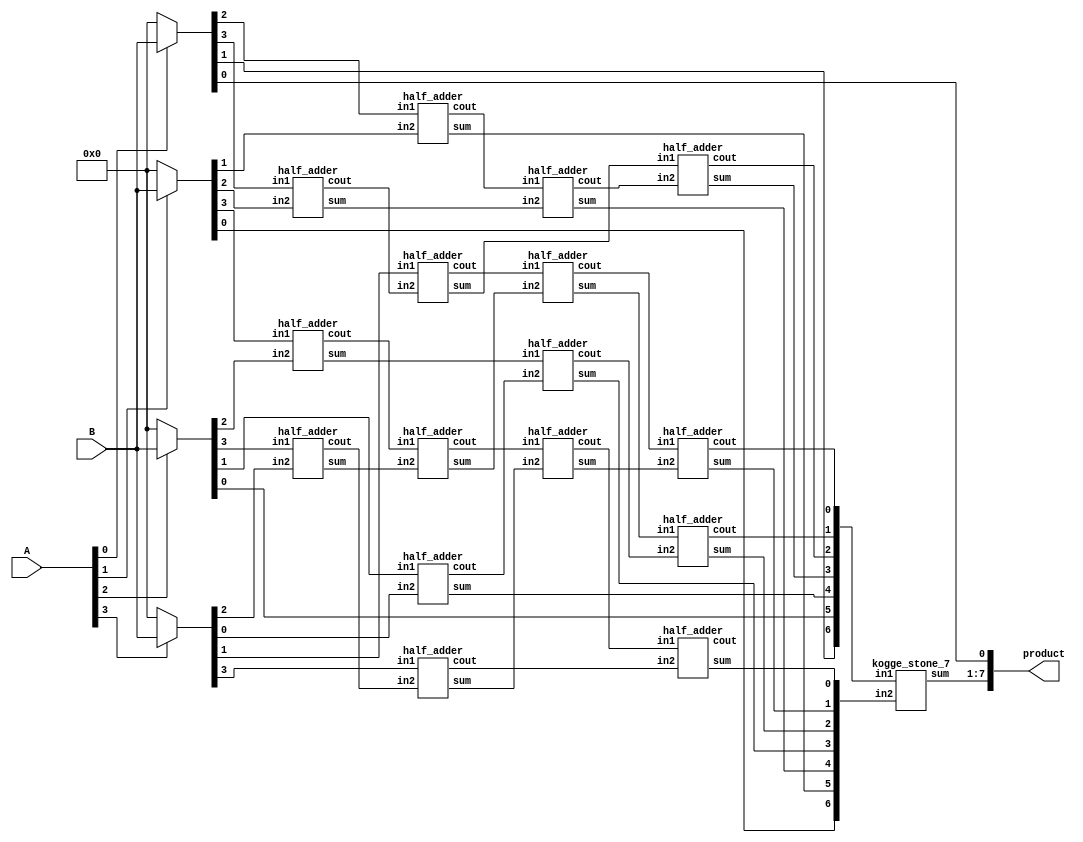
module multiplier_4bits_version7(product, A, B);


    /*
     * Area: 336.488089
     * Power: 0.1076mW
     * Timing: 0.63ns
     */
    output [7:0] product;
    input [3:0] A, B;

    wire [3:0] pp0;
    wire [3:0] pp1;
    wire [3:0] pp2;
    wire [3:0] pp3;


    assign pp0 = A[0] ? B: 4'b0000;
    assign pp1 = A[1] ? B: 4'b0000;
    assign pp2 = A[2] ? B: 4'b0000;
    assign pp3 = A[3] ? B: 4'b0000;



    /*Stage 1*/
    half_adder HA0(s0, c0, pp0[2], pp1[1]);
    half_adder HA1(s1, c1, pp0[3], pp1[2]);
    half_adder HA2(s2, c2, pp1[3], pp2[2]);
    half_adder HA3(s3, c3, pp2[3], pp3[2]);


    /*Stage 2*/
    half_adder HA4(s4, c4, pp2[1], pp3[0]);
    half_adder HA5(s5, c5, pp3[1], c1);
    half_adder HA6(s6, c6, c2, s3);
    half_adder HA7(s7, c7, pp3[3], c3);


    /*Stage 3*/
    half_adder HA8(s8, c8, c0, s1);
    half_adder HA9(s9, c9, s2, c4);
    half_adder HA10(s10, c10, c5, s6);
    half_adder HA11(s11, c11, c6, s7);


    /*Stage 4*/
    half_adder HA12(s12, c12, s5, c8);
    half_adder HA13(s13, c13, s10, c9);
    half_adder HA14(s14, c14, c10, s11);
    half_adder HA15(s15, c15, c11, c7);


    wire[6:0] s, in_1, in_2;
    wire c;
    assign in_1 = {pp0[1],pp2[0],s4,s12,c12,c13,c14};
    assign in_2 = {pp1[0],s0,s8,s9,s13,s14,s15};
    kogge_stone_7 KS(s, in_1, in_2);
    assign product[0] = pp0[0];
    assign product[1] = s[0];
    assign product[2] = s[1];
    assign product[3] = s[2];
    assign product[4] = s[3];
    assign product[5] = s[4];
    assign product[6] = s[5];
    assign product[7] = s[6];
endmodule


module multiplier_4bits_version7_version1(product, A, B);
    /* This implementation just uses HA for partial product reduction
     * Area: 336.488089
     * Power: 0.1139mW
     * Timing: 0.68ns
     */

    output [7:0] product;
    input [3:0] A, B;

    wire [3:0] pp0;
    wire [3:0] pp1;
    wire [3:0] pp2;
    wire [3:0] pp3;


    assign pp0 = A[0] ? B: 4'b0000;
    assign pp1 = A[1] ? B: 4'b0000;
    assign pp2 = A[2] ? B: 4'b0000;
    assign pp3 = A[3] ? B: 4'b0000;



    //Stage 1
    half_adder HA0(s0, c0, pp2[0], pp1[1]);
    half_adder HA1(s1, c1, pp3[0], pp2[1]);
    half_adder HA2(s2, c2, pp3[1], pp2[2]);
    half_adder HA3(s3, c3, pp3[2], pp2[3]);


    //Stage 2
    half_adder HA4(s4, c4, s1, pp1[2]);
    half_adder HA5(s5, c5, s2, pp1[3]);
    half_adder HA6(s6, c6, s3, c2);
    half_adder HA7(s7, c7, pp3[3], c3);


    //Stage 3
    half_adder HA8(s8, c8, s4, pp0[3]);
    half_adder HA9(s9, c9, s5, c4);
    half_adder HA10(s10, c10, s6, c5);
    half_adder HA11(s11, c11, s7, c6);


    //Stage 4
    half_adder HA12(s12, c12, s9, c8);
    half_adder HA13(s13, c13, s10, c9);
    half_adder HA14(s14, c14, s11, c10);
    half_adder HA15(s15, c15, c7, c11);


    wire[6:0] s, in_1, in_2;
    assign in_1 = {pp1[0],s0,s8,s12,s13,s14,c14};
    assign in_2 = {pp0[1],pp0[2],c0,c1,c12,c13,s15};
    kogge_stone_7 KS(s, in_1, in_2);
    assign product[0] = pp0[0];
    assign product[1] = s[0];
    assign product[2] = s[1];
    assign product[3] = s[2];
    assign product[4] = s[3];
    assign product[5] = s[4];
    assign product[6] = s[5];
    assign product[7] = s[6];

endmodule


module multiplier_4bits_version7_KS(product, A, B);
    /* This implementation follows dadda and wallace but uses half adders only
     * for partial product reduction, and kogge-stone for the last two rows.
     * Area: 
     * Power: 
     * Timing: 
     */

    input [3:0] A, B;
    output [7:0] product;

    wire [3:0] pp0, pp1, pp2, pp3;

    assign pp0 = A[0] ? B : 4'b0000;
    assign pp1 = A[1] ? B : 4'b0000;
    assign pp2 = A[2] ? B : 4'b0000;
    assign pp3 = A[3] ? B : 4'b0000;

    assign product[0] = pp0[0];

    /* Step 1*/
    half_adder HA01(s1,c1,pp0[2],pp1[1]);
    half_adder HA02(s2,c2,pp0[3],pp1[2]);
    half_adder HA03(s3,c3,pp2[1],pp3[0]);
    half_adder HA04(s4,c4,pp1[3],pp2[2]);
    half_adder HA05(s5,c5,pp2[3],pp3[2]);


    /* Step 2*/
    half_adder HA06(s6,c6,s2,s3);
    half_adder HA07(s7,c7,pp3[1],s4);
    half_adder HA08(s8,c8,c2,c3);
    half_adder HA09(s9,c9,s5,c4);
    half_adder HA10(s10,c10,pp3[3],c5);
    /* Step 3*/
    half_adder HA11(s11,c11,s7,s8);
    half_adder HA12(s12,c12,s9,c7);
    half_adder HA13(s13,c13,s10,c9);

    /* Step 4*/
    half_adder HA14(s14,c14,c8,s12);
    half_adder HA15(s15,c15,s13,c12);
    end_adder  HA16(s16,c10,c13);

    wire[6:0] s, in_1, in_2;
    wire c;
    assign in_1 = {pp0[1], pp2[0], s6, c6,  c11, s15, s16};
    assign in_2 = {pp1[0], s1,     c1, s11, s14, c14, c15};
    CLA7 KS(s, in_1, in_2);
    assign product[1] = s[0];
    assign product[2] = s[1];
    assign product[3] = s[2];
    assign product[4] = s[3];
    assign product[5] = s[4];
    assign product[6] = s[5];
    assign product[7] = s[6];
endmodule

module multiplier_4bits_version7_CLA(product, A, B);
    /* This implementation follows dadda and wallace but uses half adders only
     * for partial product reduction, and CLA for the last two rows.
     * Area: 251.544792 
     * Power: 9.3357e-02mW
     * Timing: 0.65ns
     */

    input [3:0] A, B;
    output [7:0] product;

    wire [3:0] pp0, pp1, pp2, pp3;

    assign pp0 = A[0] ? B : 4'b0000;
    assign pp1 = A[1] ? B : 4'b0000;
    assign pp2 = A[2] ? B : 4'b0000;
    assign pp3 = A[3] ? B : 4'b0000;

    assign product[0] = pp0[0];

    /* Step 1*/
    half_adder HA01(s1,c1,pp0[2],pp1[1]);
    half_adder HA02(s2,c2,pp0[3],pp1[2]);
    half_adder HA03(s3,c3,pp2[1],pp3[0]);
    half_adder HA04(s4,c4,pp1[3],pp2[2]);
    half_adder HA05(s5,c5,pp2[3],pp3[2]);


    /* Step 2*/
    half_adder HA06(s6,c6,s2,s3);
    half_adder HA07(s7,c7,pp3[1],s4);
    half_adder HA08(s8,c8,c2,c3);
    half_adder HA09(s9,c9,s5,c4);
    half_adder HA10(s10,c10,pp3[3],c5);
    /* Step 3*/
    half_adder HA11(s11,c11,s7,s8);
    half_adder HA12(s12,c12,s9,c7);
    half_adder HA13(s13,c13,s10,c9);

    /* Step 4*/
    half_adder HA14(s14,c14,c8,s12);
    half_adder HA15(s15,c15,s13,c12);
    end_adder  HA16(s16,c10,c13);

    wire[6:0] s, in_1, in_2;
    wire c;
    assign in_1 = {pp0[1], pp2[0], s6, c6,  c11, s15, s16};
    assign in_2 = {pp1[0], s1,     c1, s11, s14, c14, c15};
    CLA7 KS(s, in_1, in_2);
    assign product[1] = s[0];
    assign product[2] = s[1];
    assign product[3] = s[2];
    assign product[4] = s[3];
    assign product[5] = s[4];
    assign product[6] = s[5];
    assign product[7] = s[6];
endmodule

module half_adder(output wire sum,
                  output wire cout,
                  input wire in1,
                  input wire in2);
    xor(sum, in1, in2);
    and(cout, in1, in2);
endmodule

module end_adder(output wire sum,
                 input wire in1,
                 input wire in2);
    xor(sum, in1, in2);
endmodule

module CLA7(output [6:0] sum,
            input [6:0] in1, in2);
  wire [6:0] G; /* Generate */
  wire [6:0] P; /* Propagate */
  wire [6:0] C; /* Carry */

  assign G[0] = in1[6] & in2[6]; /*Generate    Gi = Ai * Bi */
  assign G[1] = in1[5] & in2[5];
  assign G[2] = in1[4] & in2[4];
  assign G[3] = in1[3] & in2[3];
  assign G[4] = in1[2] & in2[2];
  assign G[5] = in1[1] & in2[1];
  assign G[6] = in1[0] & in2[0];

  assign P[0] = in1[6] ^ in2[6]; /*Propagate   Pi = Ai + Bi */
  assign P[1] = in1[5] ^ in2[5];
  assign P[2] = in1[4] ^ in2[4];
  assign P[3] = in1[3] ^ in2[3];
  assign P[4] = in1[2] ^ in2[2];
  assign P[5] = in1[1] ^ in2[1];
  assign P[6] = in1[0] ^ in2[0];

  assign C[0] = 0;  /* Carry_out = Ci+1 = Gi + Pi*Ci */
  assign C[1] = G[0] | (P[0] & C[0]);
  assign C[2] = G[1] | (P[1] & C[1]);
  assign C[3] = G[2] | (P[2] & C[2]);
  assign C[4] = G[3] | (P[3] & C[3]);
  assign C[5] = G[4] | (P[4] & C[4]);
  assign C[6] = G[5] | (P[5] & C[5]);
  assign sum = P ^ C;
endmodule

module kogge_stone_7(sum, in1, in2);
    input [6:0] in1, in2; //input
    output [6:0] sum; //output
    wire [6:0] G_Z, P_Z, //wires
    G_A, P_A,
    G_B, P_B,
    G_C, P_C,
    G_D, P_D;

    assign P_Z[0]  = in1[6]  ^ in2[6];
    assign P_Z[1]  = in1[5]  ^ in2[5];
    assign P_Z[2]  = in1[4]  ^ in2[4];
    assign P_Z[3]  = in1[3]  ^ in2[3];
    assign P_Z[4]  = in1[2]  ^ in2[2];
    assign P_Z[5]  = in1[1]  ^ in2[1];
    assign P_Z[6]  = in1[0]  ^ in2[0];

    assign G_Z[0]  = in1[6]  & in2[6];
    assign G_Z[1]  = in1[5]  & in2[5];
    assign G_Z[2]  = in1[4]  & in2[4];
    assign G_Z[3]  = in1[3]  & in2[3];
    assign G_Z[4] = in1[2]  & in2[2];
    assign G_Z[5] = in1[1]  & in2[1];
    assign G_Z[6] = in1[0]  & in2[0];

    /*level 1*/
    assign G_A[0] = G_Z[0];
    black_cell level_1A(G_Z[0],  P_Z[1],  G_Z[1],  P_Z[0],  G_A[1],  P_A[1]);
    black_cell level_2A(G_Z[1],  P_Z[2],  G_Z[2],  P_Z[1],  G_A[2],  P_A[2]);
    black_cell level_3A(G_Z[2],  P_Z[3],  G_Z[3],  P_Z[2],  G_A[3],  P_A[3]);
    black_cell level_4A(G_Z[3],  P_Z[4],  G_Z[4],  P_Z[3],  G_A[4],  P_A[4]);
    black_cell level_5A(G_Z[4],  P_Z[5],  G_Z[5],  P_Z[4],  G_A[5],  P_A[5]);
    black_cell level_6A(G_Z[5],  P_Z[6],  G_Z[6],  P_Z[5],  G_A[6],  P_A[6]);

    /*level 2*/
    assign G_B[1] = G_A[1];
    gray_cell level_2B(G_A[0],   P_A[2],  G_A[2],  G_B[2]);
    black_cell level_3B(G_A[1],  P_A[3],  G_A[3],  P_A[1],  G_B[3],  P_B[3]);
    black_cell level_4B(G_A[2],  P_A[4],  G_A[4],  P_A[2],  G_B[4],  P_B[4]);
    black_cell level_5B(G_A[3],  P_A[5],  G_A[5],  P_A[3],  G_B[5],  P_B[5]);
    black_cell level_6B(G_A[4],  P_A[6],  G_A[6],  P_A[4],  G_B[6],  P_B[6]);

    /*level 3*/
    assign G_C[3] = G_B[3];
    gray_cell level_4C(G_A[0],   P_B[4],  G_B[4],  G_C[4]);
    gray_cell level_5C(G_B[1],   P_B[5],  G_B[5],  G_C[5]);

    /*outputs*/
    assign sum[0]  =           P_Z[0];
    assign sum[1]  = G_A[0]  ^ P_Z[1];
    assign sum[2]  = G_B[1]  ^ P_Z[2];
    assign sum[3]  = G_B[2]  ^ P_Z[3];
    assign sum[4]  = G_C[3]  ^ P_Z[4];
    assign sum[5]  = G_C[4]  ^ P_Z[5];
    assign sum[6]  = G_C[5]  ^ P_Z[6];
endmodule

module gray_cell(Gk_j, Pi_k, Gi_k, G);
    input Gk_j, Pi_k, Gi_k;
    output G;
    wire Y;
    and(Y, Gk_j, Pi_k);
    or(G, Y, Gi_k);
endmodule

module black_cell(Gk_j, Pi_k, Gi_k, Pk_j, G, P);
    input Gk_j, Pi_k, Gi_k, Pk_j;
    output G, P;
    wire Y;
    and(Y, Gk_j, Pi_k);
    or(G, Gi_k, Y);
    and(P, Pk_j, Pi_k);
endmodule